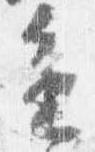
進